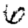
Digit: 6